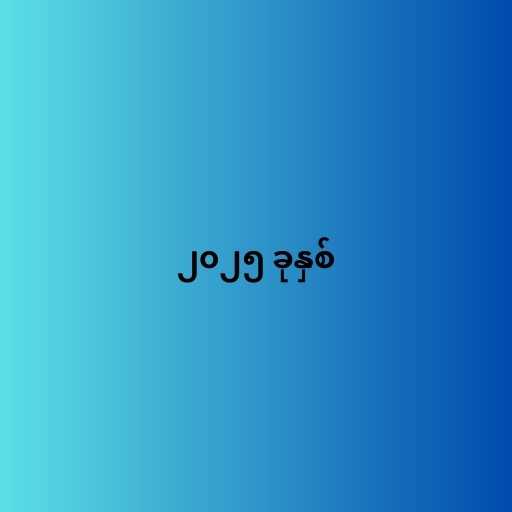
၂၀၂၅ ခုနှစ်